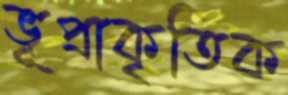
ভূপ্রাকৃতিক